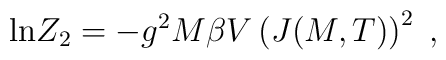
{\rm ln}Z_2 = - g^2M\beta V\left(J(M,T)\right)^2\;,